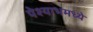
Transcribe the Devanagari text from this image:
पेश्याभमध्ये